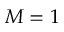
M = 1